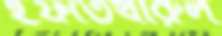
ইফতেখারুল